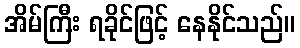
အိမ်ကြီး ရခိုင်ဖြင့် နေနိုင်သည်။